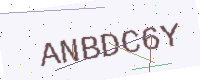
Text: ANBDC6Y